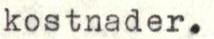
kostnader.